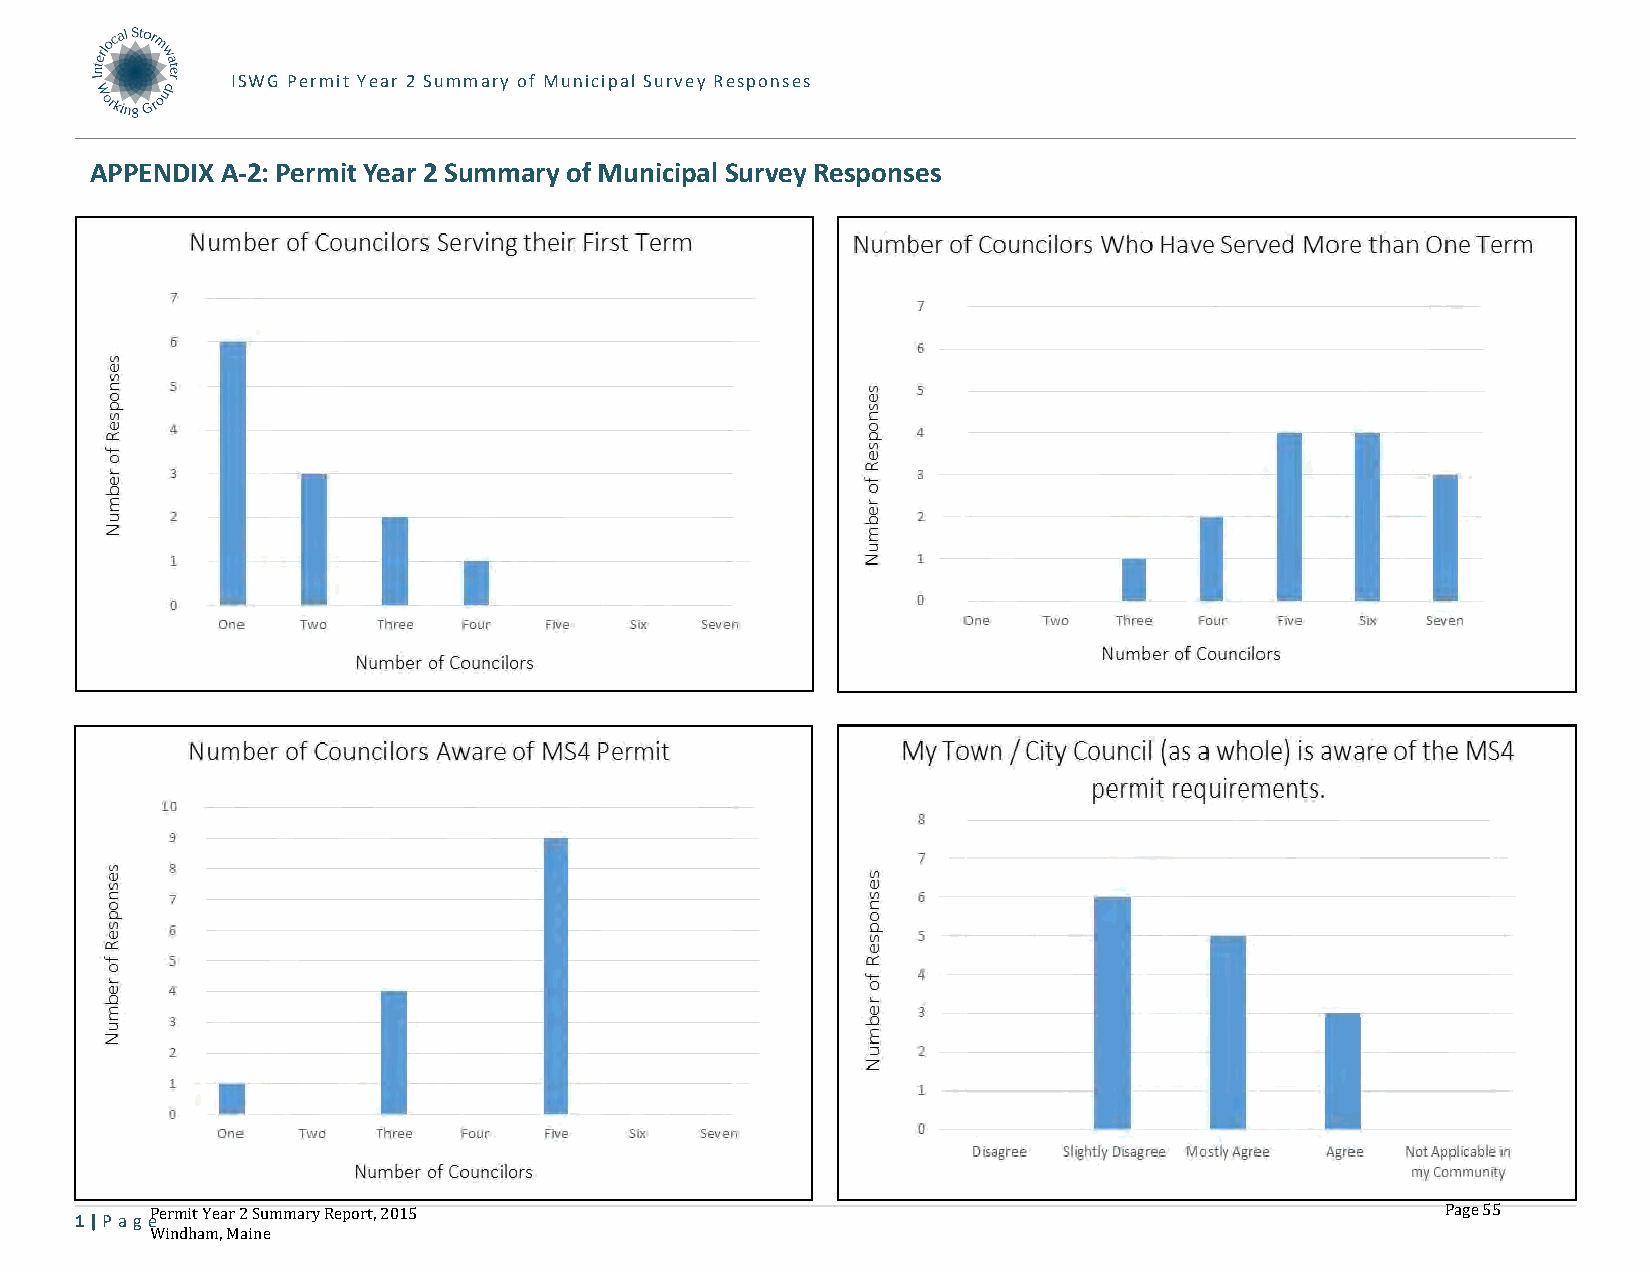
ISWG Permit Year 2 Summary of Municipal Survey Responses
 APPENDIX A-2: Permit Year 2 Summary of Municipal Survey Responses
 1 | P age
 Permit Year 2 Summary Report, 2015                                                    Page 55
 Windham, Maine